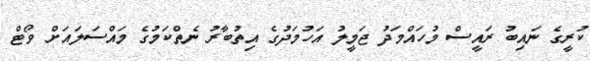
ކުރީގެ ނައިބު ރައީސް މުހައްމަދު ޖަމީލު އަހުމަދުގެ އިތުބާރު ނެތްކަމުގެ މައްސަލައަށް ވޯޓް